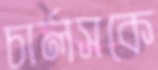
চার্লসকে